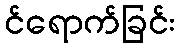
င်ရောက်ခြင်း